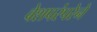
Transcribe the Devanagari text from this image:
वेशपरंपरेने